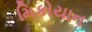
મિકોયાન